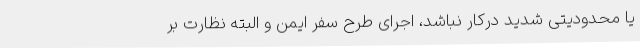
یا محدودیتی شدید درکار نباشد، اجرای طرح سفر ایمن و البته نظارت بر